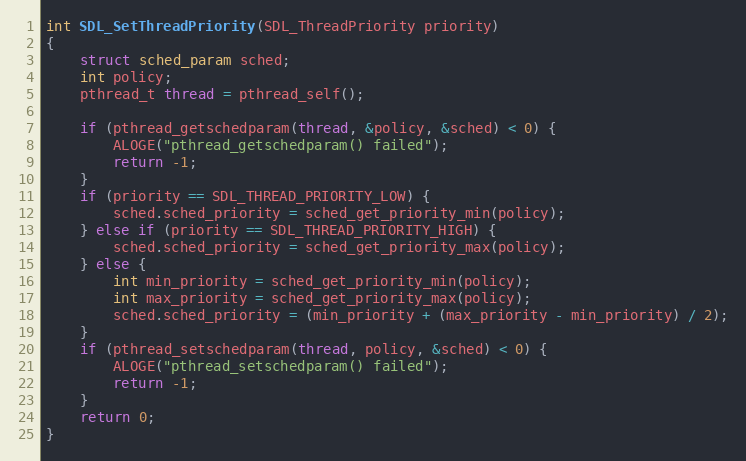
Language: C
int SDL_SetThreadPriority(SDL_ThreadPriority priority)
{
    struct sched_param sched;
    int policy;
    pthread_t thread = pthread_self();

    if (pthread_getschedparam(thread, &policy, &sched) < 0) {
        ALOGE("pthread_getschedparam() failed");
        return -1;
    }
    if (priority == SDL_THREAD_PRIORITY_LOW) {
        sched.sched_priority = sched_get_priority_min(policy);
    } else if (priority == SDL_THREAD_PRIORITY_HIGH) {
        sched.sched_priority = sched_get_priority_max(policy);
    } else {
        int min_priority = sched_get_priority_min(policy);
        int max_priority = sched_get_priority_max(policy);
        sched.sched_priority = (min_priority + (max_priority - min_priority) / 2);
    }
    if (pthread_setschedparam(thread, policy, &sched) < 0) {
        ALOGE("pthread_setschedparam() failed");
        return -1;
    }
    return 0;
}